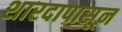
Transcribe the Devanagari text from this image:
शारदापासून